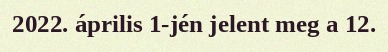
2022. április 1-jén jelent meg a 12.